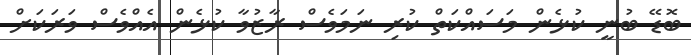
ބޮޑޭ ބުނީ ކުޅެން މަސައްކަތް ކުރި ނަމަވެސް ރާޒުވާ ކުޅެން އެއްވެސް ވަރަކަށް